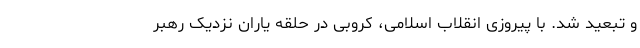
و تبعید شد. با پیروزی انقلاب اسلامی، کروبی در حلقه یاران نزدیک رهبر